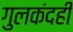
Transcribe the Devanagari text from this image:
गुलकंदही